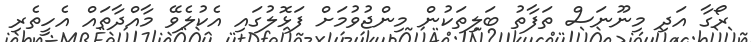
ރޯގާ އަދި މިނޫނަސް ތަފާތު ބަލިތަކުން މިންޖުވުމަށް ފަޅޮލުގައި އެކުލެވޭ މާއްދާތައް އެހީތެރި